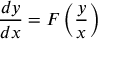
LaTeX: { \frac { d y } { d x } } = F \left( { \frac { y } { x } } \right) \,